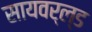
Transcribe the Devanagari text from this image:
सायवर्ल्ड